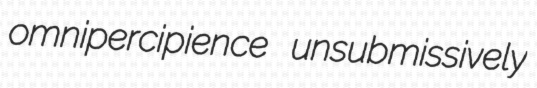
omnipercipience unsubmissively